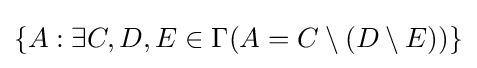
\{A:\exists C,D,E\in \Gamma (A=C\setminus (D\setminus E))\}